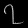
Digit: ၇